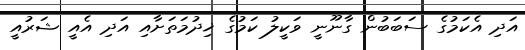
އަދި އެކަމުގެ ސަބަބުން ގާނޫނީ ވަކީލު ކަމުގެ ޚިދުމަތަށާއި އަދި އެއީ ޝަރުއީ